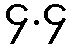
၄.၄